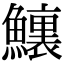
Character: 𩼆